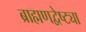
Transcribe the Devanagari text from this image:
ब्राह्मणद्वेष्ट्या